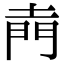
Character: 𮤇